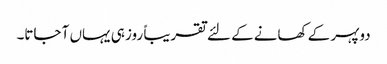
دوپہر کے کھانے کے لئے تقریباً روز ہی یہاں آ جاتا۔